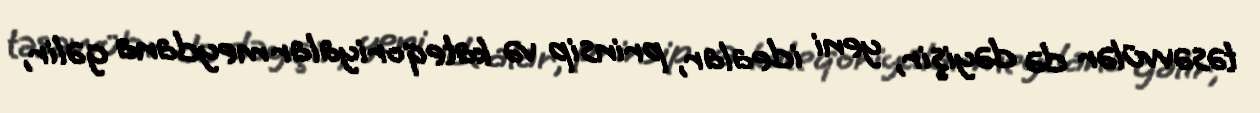
təsəvvülər də dəyişir, yeni idealar, prinsip və kateqoriyalar meydana gəlir,